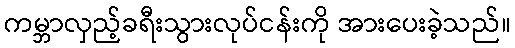
ကမ္ဘာလှည့်ခရီးသွားလုပ်ငန်းကို အားပေးခဲ့သည်။